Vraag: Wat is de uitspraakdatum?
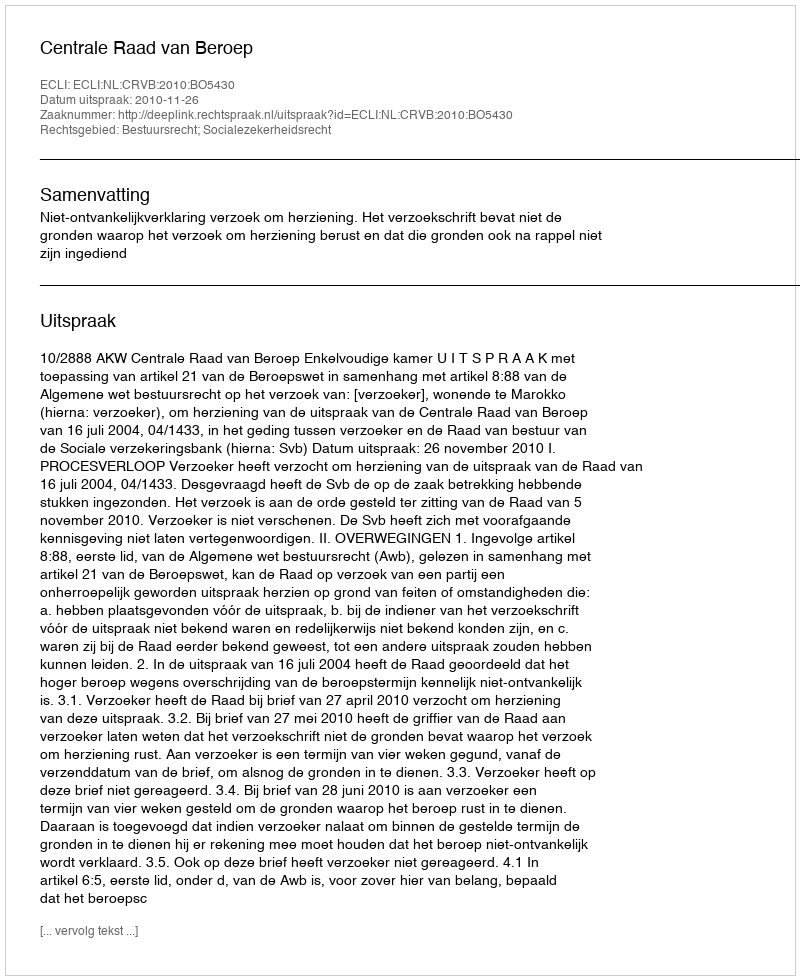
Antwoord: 2010-11-26